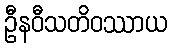
ဦနဝီသတိဝဿာယ